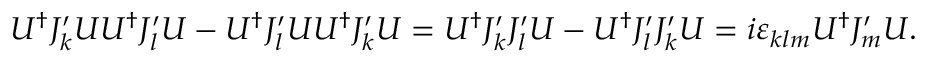
U ^ { \dagger } J _ { k } ^ { \prime } U U ^ { \dagger } J _ { l } ^ { \prime } U - U ^ { \dagger } J _ { l } ^ { \prime } U U ^ { \dagger } J _ { k } ^ { \prime } U = U ^ { \dagger } J _ { k } ^ { \prime } J _ { l } ^ { \prime } U - U ^ { \dagger } J _ { l } ^ { \prime } J _ { k } ^ { \prime } U = i \varepsilon _ { k l m } U ^ { \dagger } J _ { m } ^ { \prime } U .